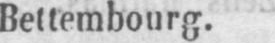
Bettembourg.